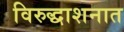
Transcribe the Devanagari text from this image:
विरुद्धाशनात